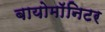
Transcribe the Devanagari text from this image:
बायोमाॅनिटर